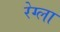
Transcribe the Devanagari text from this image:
रेग्ला